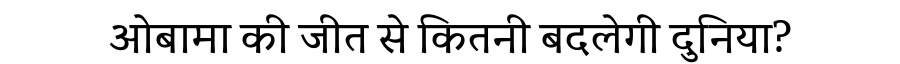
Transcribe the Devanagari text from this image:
ओबामा की जीत से कितनी बदलेगी दुनिया?